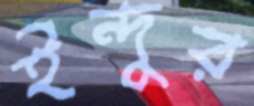
ইন্দুর